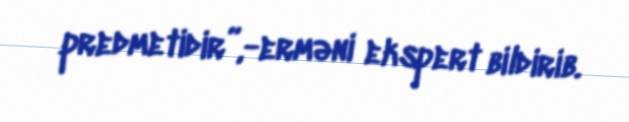
predmetidir”,-erməni ekspert bildirib.